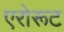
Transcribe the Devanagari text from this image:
एरोरूट